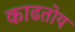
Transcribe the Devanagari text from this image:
काढतोय